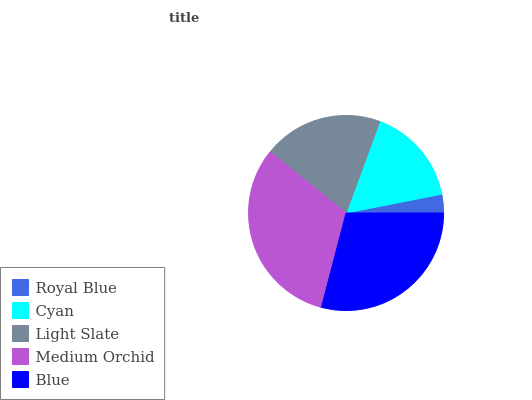
| Royal Blue | Cyan | Light Slate | Medium Orchid | Blue |
 | --- | --- | --- | --- | --- |
 | 3.09% | 16.2% | 19.9% | 31.7% | 29.1% |